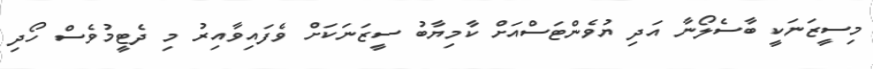
މިސީޒަނަކީ ބާސެލޯނާ އަދި ޔުވެންޓަސްއަށް ކާމިޔާބު ސީޒަނަކަށް ވެފައިވާއިރު މި ދެޓީމުވެސް ހޯދި